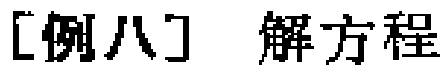
[例八] 解方程